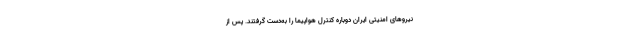
نیروهای امنیتی ایران دوباره کنترل هواپیما را به‌دست‌ گرفتند. پس از